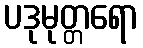
ပဒုမုတ္တရော